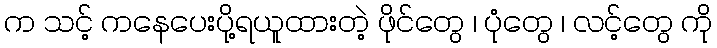
က သင့် ကနေပေးပို့ရယူထားတဲ့ ဖိုင်တွေ ၊ ပုံတွေ ၊ လင့်တွေ ကို